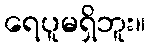
ရေပူမရှိဘူး။